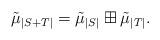
LaTeX: \begin{align*}\tilde\mu_{|S+T|}= \tilde\mu_{|S|}\boxplus \tilde\mu_{|T|}.\end{align*}